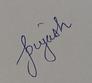
Signature authenticity: genuine